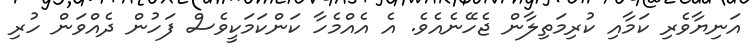
އަނިޔާވެރި ކަމާއި ކުރިމަތިލާން ޖެހޭނެއެވެ. އެ އެއްމެހާ ކަންކަމަކީވެސް ފަހުން ދެއްވަން ހުރި